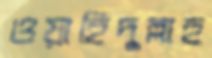
ওয়াহিদুল্লাহ